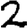
Digit: 2